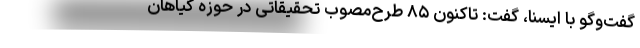
گفت‌وگو با ایسنا، گفت: تاکنون ۸۵ طرح‌مصوب تحقیقاتی در حوزه گیاهان